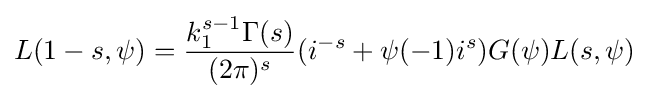
L(1-s,\psi )={k_{1}^{s-1}\Gamma (s) \over (2\pi )^{s}}(i^{-s}+\psi (-1)i^{s})G(\psi )L(s,\psi )